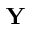
\mathbf { Y }